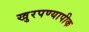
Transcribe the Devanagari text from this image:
खुरपण्यापीक